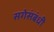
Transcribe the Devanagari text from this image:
सगेसंबंधी